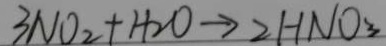
3 N O _ { 2 } + H _ { 2 } O \rightarrow 2 H N O _ { 3 }